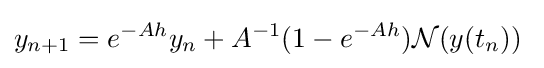
y_{n+1}=e^{-Ah}y_{n}+A^{-1}(1-e^{-Ah}){\mathcal {N}}(y(t_{n}))\